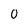
Character: O